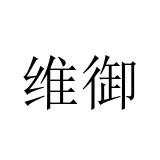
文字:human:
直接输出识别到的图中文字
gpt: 维御